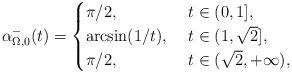
LaTeX: \begin{align*}\alpha_{\Omega,0}^-(t)=\begin{cases}\pi/2, & ~t\in(0,1], \\\arcsin(1/t), & ~t\in(1,\sqrt{2}], \\\pi/2, & ~t\in(\sqrt{2},+\infty),\end{cases}\end{align*}